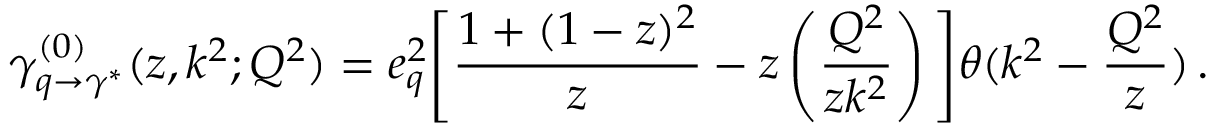
\gamma _ { q \rightarrow \gamma ^ { * } } ^ { ( 0 ) } ( z , k ^ { 2 } ; Q ^ { 2 } ) = e _ { q } ^ { 2 } \Bigg [ \frac { 1 + ( 1 - z ) ^ { 2 } } { z } - z \left( \frac { Q ^ { 2 } } { z k ^ { 2 } } \right) \Bigg ] \theta ( k ^ { 2 } - \frac { Q ^ { 2 } } { z } ) \, .